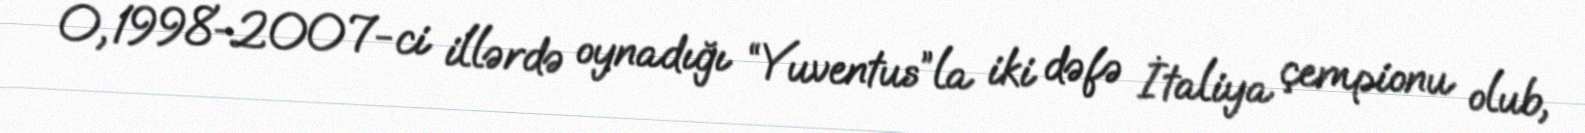
O, 1998-2007-ci illərdə oynadığı “Yuventus”la iki dəfə İtaliya çempionu olub,